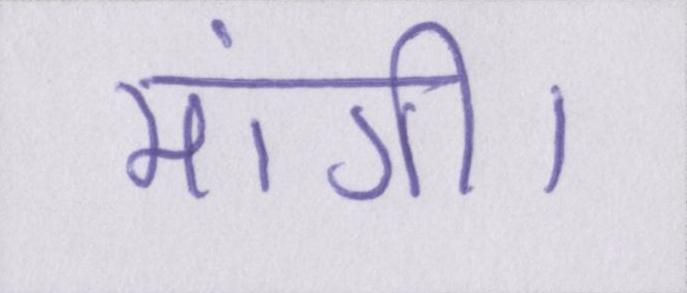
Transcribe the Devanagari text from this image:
मांगी।